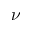
\nu